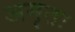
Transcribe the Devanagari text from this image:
अमृतः